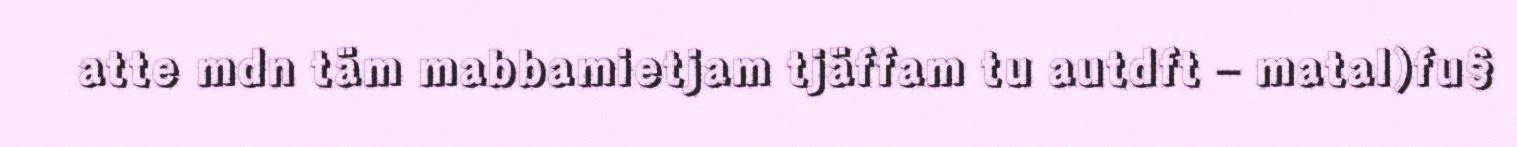
atte mdn täm mabbamietjam tjäffam tu autdft – matal)fu§